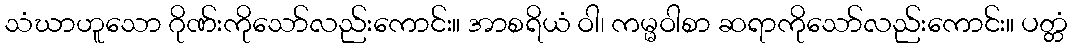
သံဃာဟူသော ဂိုဏ်းကိုသော်လည်းကောင်း။ အာစရိယံ ဝါ၊ ကမ္မဝါစာ ဆရာကိုသော်လည်းကောင်း။ ပတ္တံ